Report on vaccination proceedings throughout the Government of Bengal -
Year: 1868
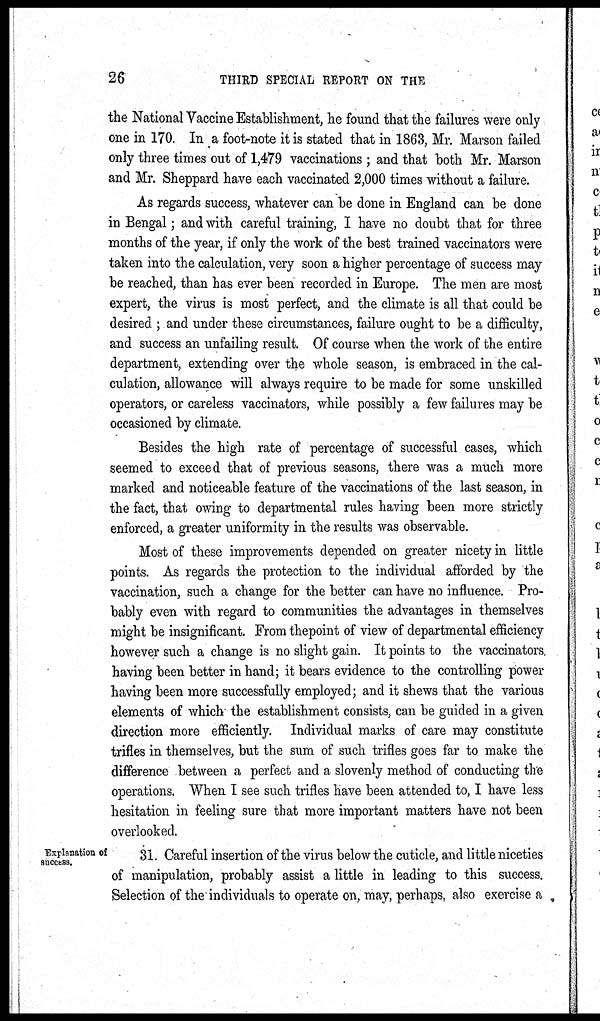
26
THIRD SPECIAL REPORT ON THE
the National Vaccine Establishment, he found that the failures were only
one in 170. In a foot-note it is stated that in 1863, Mr. Marson failed
only three times out of 1,479 vaccinations ; and that both Mr. Marson
and Mr. Sheppard have each vaccinated 2,000 times without a failure.
As regards success, whatever can be done in England can be done
in Bengal; and with careful training, I have no doubt that for three
months of the year, if only the work of the best trained vaccinators were
taken into the calculation, very soon a higher percentage of success may
be reached, than has ever been recorded in Europe. The men are most
expert, the virus is most perfect, and the climate is all that could be
desired ; and under these circumstances, failure ought to be a difficulty,
and success an unfailing result. Of course when the work of the entire
department, extending over the whole season, is embraced in the cal-
culation, allowance will always require to be made for some unskilled
operators, or careless vaccinators, while possibly a few failures may be
occasioned by climate.
Besides the high rate of percentage of successful cases, which
seemed to exceed that of previous seasons, there was a much more
marked and noticeable feature of the vaccinations of the last season, in
the fact, that owing to departmental rules having been more strictly
enforced, a greater uniformity in the results was observable.
Most of these improvements depended on greater nicety in little
points. As regards the protection to the individual afforded by the
vaccination, such a change for the better can have no influence. Pro-
bably even with regard to communities the advantages in themselves
might be insignificant. From thepoint of view of departmental efficiency
however such a change is no slight gain. It points to the vaccinators.
having been better in hand; it bears evidence to the controlling power
having been more successfully employed; and it shews that the various
elements of which the establishment consists, can be guided in a given
direction more efficiently. Individual marks of care may constitute
trifles in themselves, but the sum of such trifles goes far to make the
difference between a perfect and a slovenly method of conducting the
operations. When I see such trifles have been attended to, I have less
hesitation in feeling sure that more important matters have not been
overlooked.
Explanation of
success.
31. Careful insertion of the virus below the cuticle, and little niceties
of manipulation, probably assist a little in leading to this success.
Selection of the individuals to operate on, may, perhaps, also exercise a